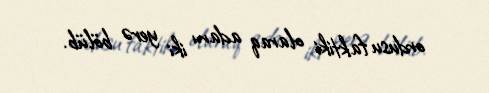
ordusu faktiki olaraq adanı iki yerə bölüb.